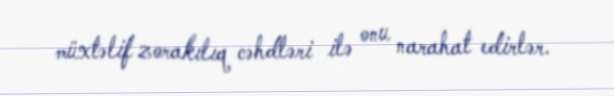
müxtəlif zorakılıq cəhdləri ilə onu narahat edirlər.